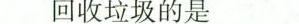
回收垃圾的是